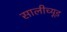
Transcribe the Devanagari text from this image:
सालीच्यूड